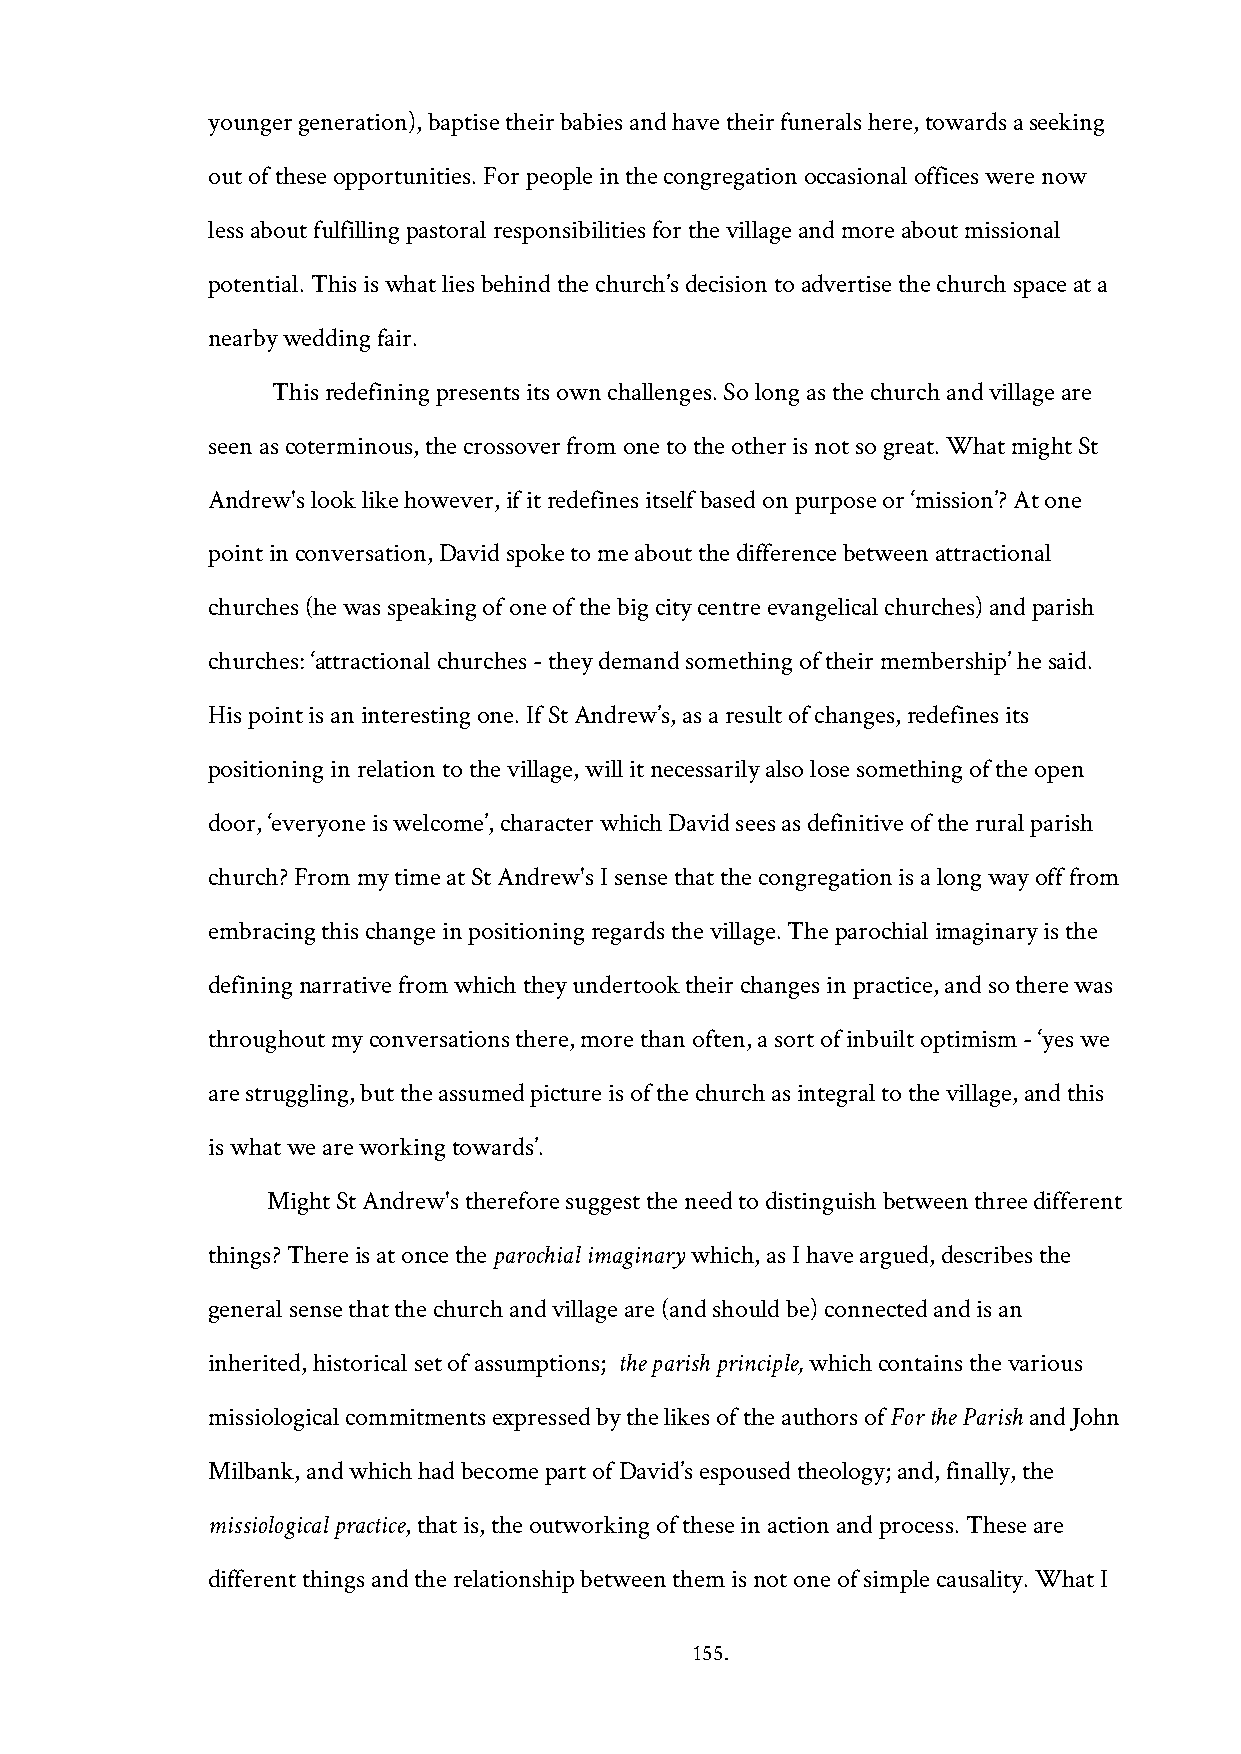
younger generation), baptise their babies and have their funerals here, towards a seeking
 out of these opportunities. For people in the congregation occasional offices were now
 less about fulfilling pastoral responsibilities for the village and more about missional
 potential. This is what lies behind the church’s decision to advertise the church space at a
 nearby wedding fair.
 This redefining presents its own challenges. So long as the church and village are
 seen as coterminous, the crossover from one to the other is not so great. What might St
 Andrew's look like however, if it redefines itself based on purpose or ‘mission’? At one
 point in conversation, David spoke to me about the difference between attractional
 churches (he was speaking of one of the big city centre evangelical churches) and parish
 churches: ‘attractional churches - they demand something of their membership’ he said.
 His point is an interesting one. If St Andrew’s, as a result of changes, redefines its
 positioning in relation to the village, will it necessarily also lose something of the open
 door, ‘everyone is welcome’, character which David sees as definitive of the rural parish
 church? From my time at St Andrew's I sense that the congregation is a long way off from
 embracing this change in positioning regards the village. The parochial imaginary is the
 defining narrative from which they undertook their changes in practice, and so there was
 throughout my conversations there, more than often, a sort of inbuilt optimism - ‘yes we
 are struggling, but the assumed picture is of the church as integral to the village, and this
 is what we are working towards’.
 Might St Andrew's therefore suggest the need to distinguish between three different
 things? There is at once the parochial imaginary which, as I have argued, describes the
 general sense that the church and village are (and should be) connected and is an
 inherited, historical set of assumptions; the parish principle, which contains the various
 missiological commitments expressed by the likes of the authors of For the Parish and John
 Milbank, and which had become part of David’s espoused theology; and, finally, the
 missiological practice, that is, the outworking of these in action and process. These are
 different things and the relationship between them is not one of simple causality. What I
 155.